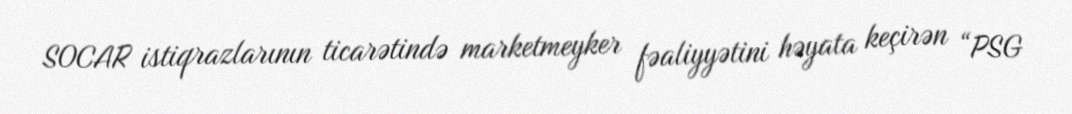
SOCAR istiqrazlarının ticarətində marketmeyker fəaliyyətini həyata keçirən “PSG